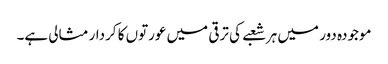
موجودہ دور میں ہر شعبے کی ترقی میں عورتوں کا کردار مثالی ہے۔